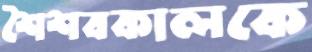
শৈশবকালকে